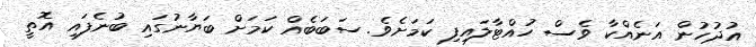
އުދުހުން އަނެއްކާ ވެސް ހުއްޓާލައިފި ކަމަށެވެ. ސަބަބެއް ކަމަށް ބަޔާނުގައި ބުނެފައި އޮތީ